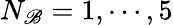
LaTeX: N_{\mathscr{B}}=1,\cdots,5